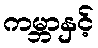
ကမ္ဘာနှင့်